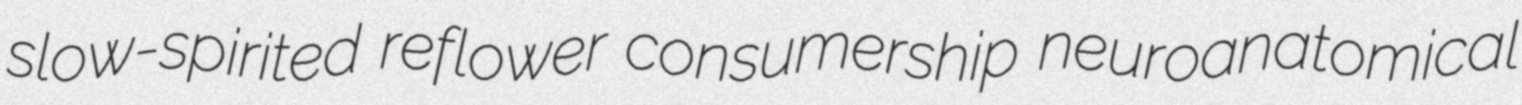
slow-spirited reflower consumership neuroanatomical